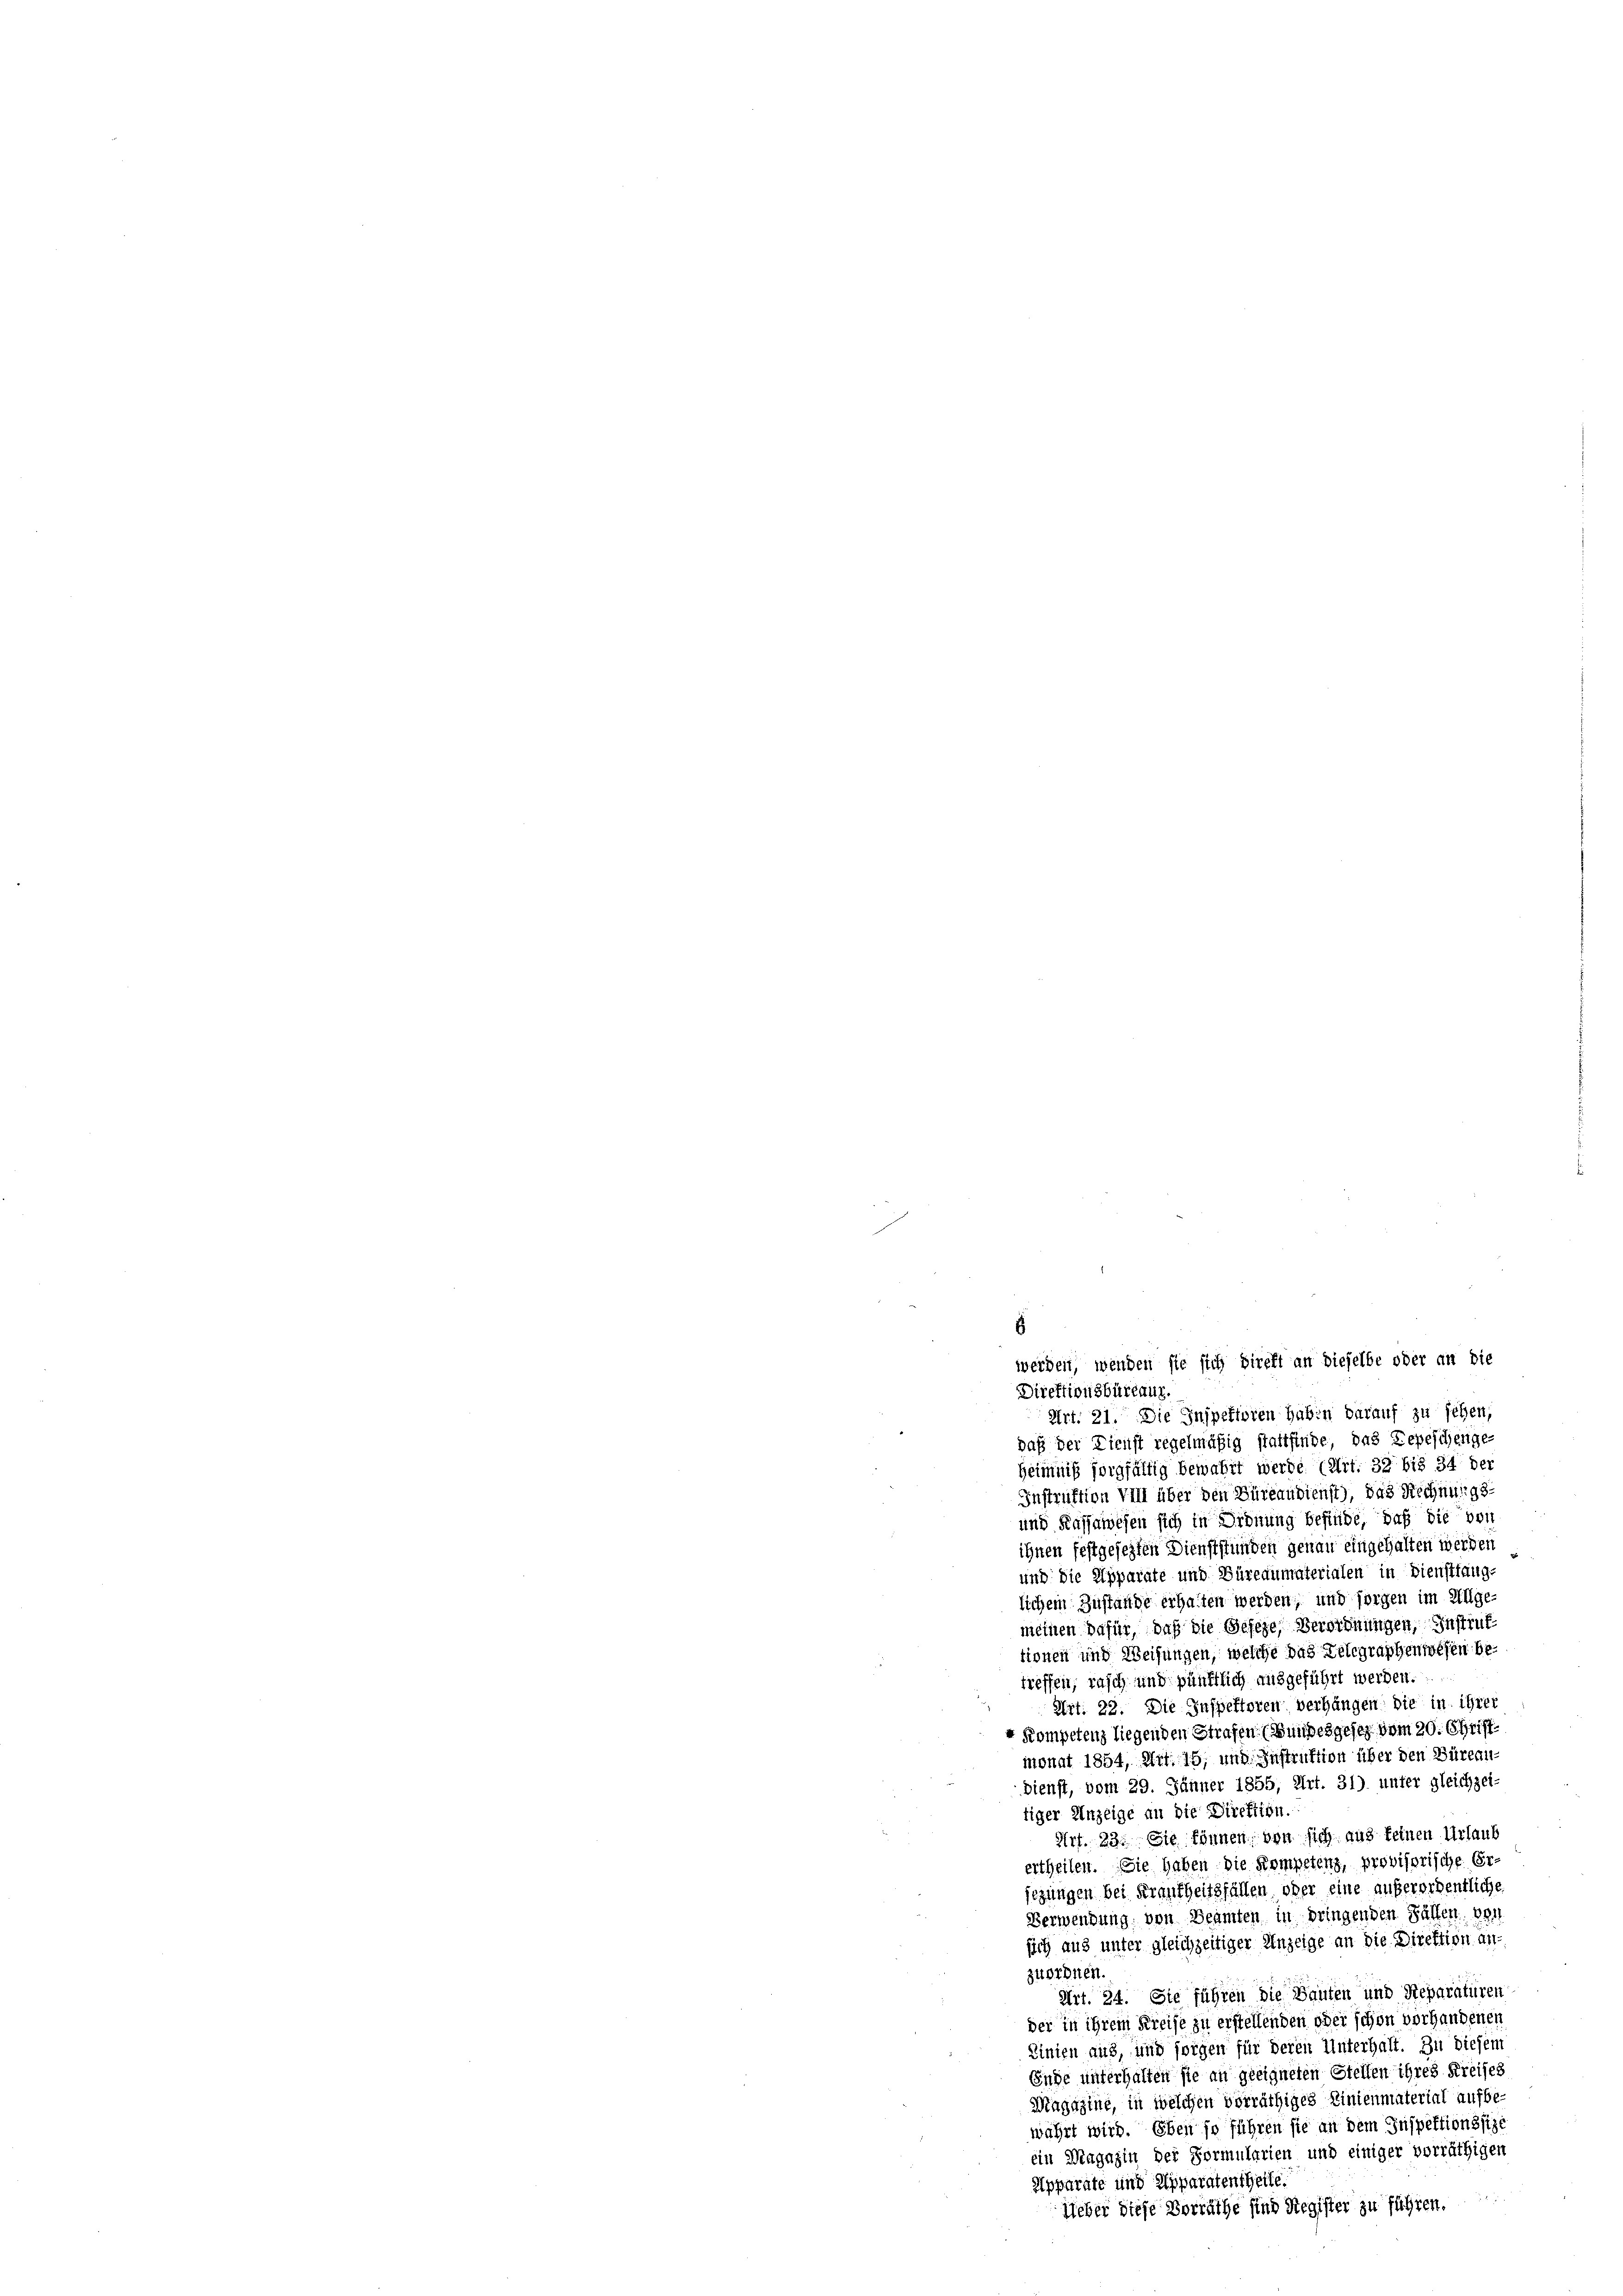
8

werden, wenden sie sich direkt an dieselbe oder an die

Direktionsbüreauz.
Art. 21. Die Inspettoren haben darauf zu sehen,
daß der Dienst regelmäßig stattfinde, das Depeschenge-
Heimnis sorgfältig bewahrt werde (Art. 32 bis 34 der
Instruktion Vill über den Büreaudienst), das Rechnung
und Kassawesen sich in Ordnung befinde, daß die bei
ihnen festgesezten Dienststunden genau eingehalten werden
und die Apparate und Büreaumaterialen in Diensttaug-
lichem Zustande erhalten werden, und sorgen im Allge-
meinen dafür, daß die Gesetze, Verordnungen, Instruktionen und Weisungen, welche das Telegraphenwesen betreffen, rasch und pünktlich ausgeführt werden.
Art. 22. Die Inspektoren verhängen die in ihrer
 Kompetenz liegenden Strafen (Bundesgesez vom 20. Christ
monat 1854, Art. 16, und Instruktion über den Büreau
Dienst, vom 29. Jänner 1855, Art. 31) unter gleichzei-
tiger Anzeige an die Direktion.
Art. 23. Sie können von sich aus keinen Urlaub
ertheilen. Sie haben die Kompetenz, provisorische Ersezungen bei Frankheitsfällen oder eine außerordentliche
Verwendung von Beamten in bringenden Fällen von
sich aus unter gleichzeitiger Anzeige an die Direktion an.
zuordnen.
Art. 24. Sie führen die Bauten und Steparaturen
der in ihrem Kreise zu erstellenden oder schon vorhandenen
Linien aus, und sorgen für deren Unterhalt. Zu diesem
Enge unterhalten sie an geeigneten Stellen ihres Kreises
Magazine, in welchen vorräthiges Linienmaterial aufbe-
währt wird. Eben so führen sie an dem Inspektionssize
ein Magazin der Formularien und einiger vorräthigen
Apparate und Apparatentheile.
lieber diese Vorräthe sind Register zu führen.